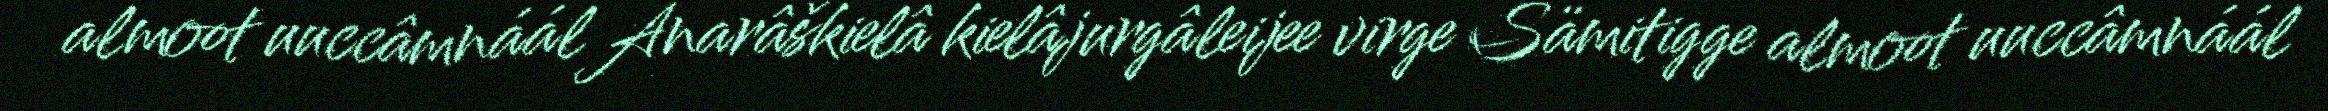
almoot uuccâmnáál Anarâškielâ kielâjurgâleijee virge Sämitigge almoot uuccâmnáál